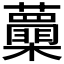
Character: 𭬽